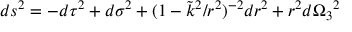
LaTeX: d s ^ { 2 } = - d \tau ^ { 2 } + d \sigma ^ { 2 } + ( 1 - \tilde { k } ^ { 2 } / r ^ { 2 } ) ^ { - 2 } d r ^ { 2 } + r ^ { 2 } d \Omega _ { 3 } { } ^ { 2 }